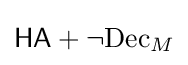
{\mathsf {HA}}+\neg {\mathrm {Dec} }_{M}